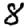
Digit: 8